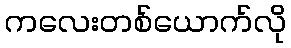
ကလေးတစ်ယောက်လို